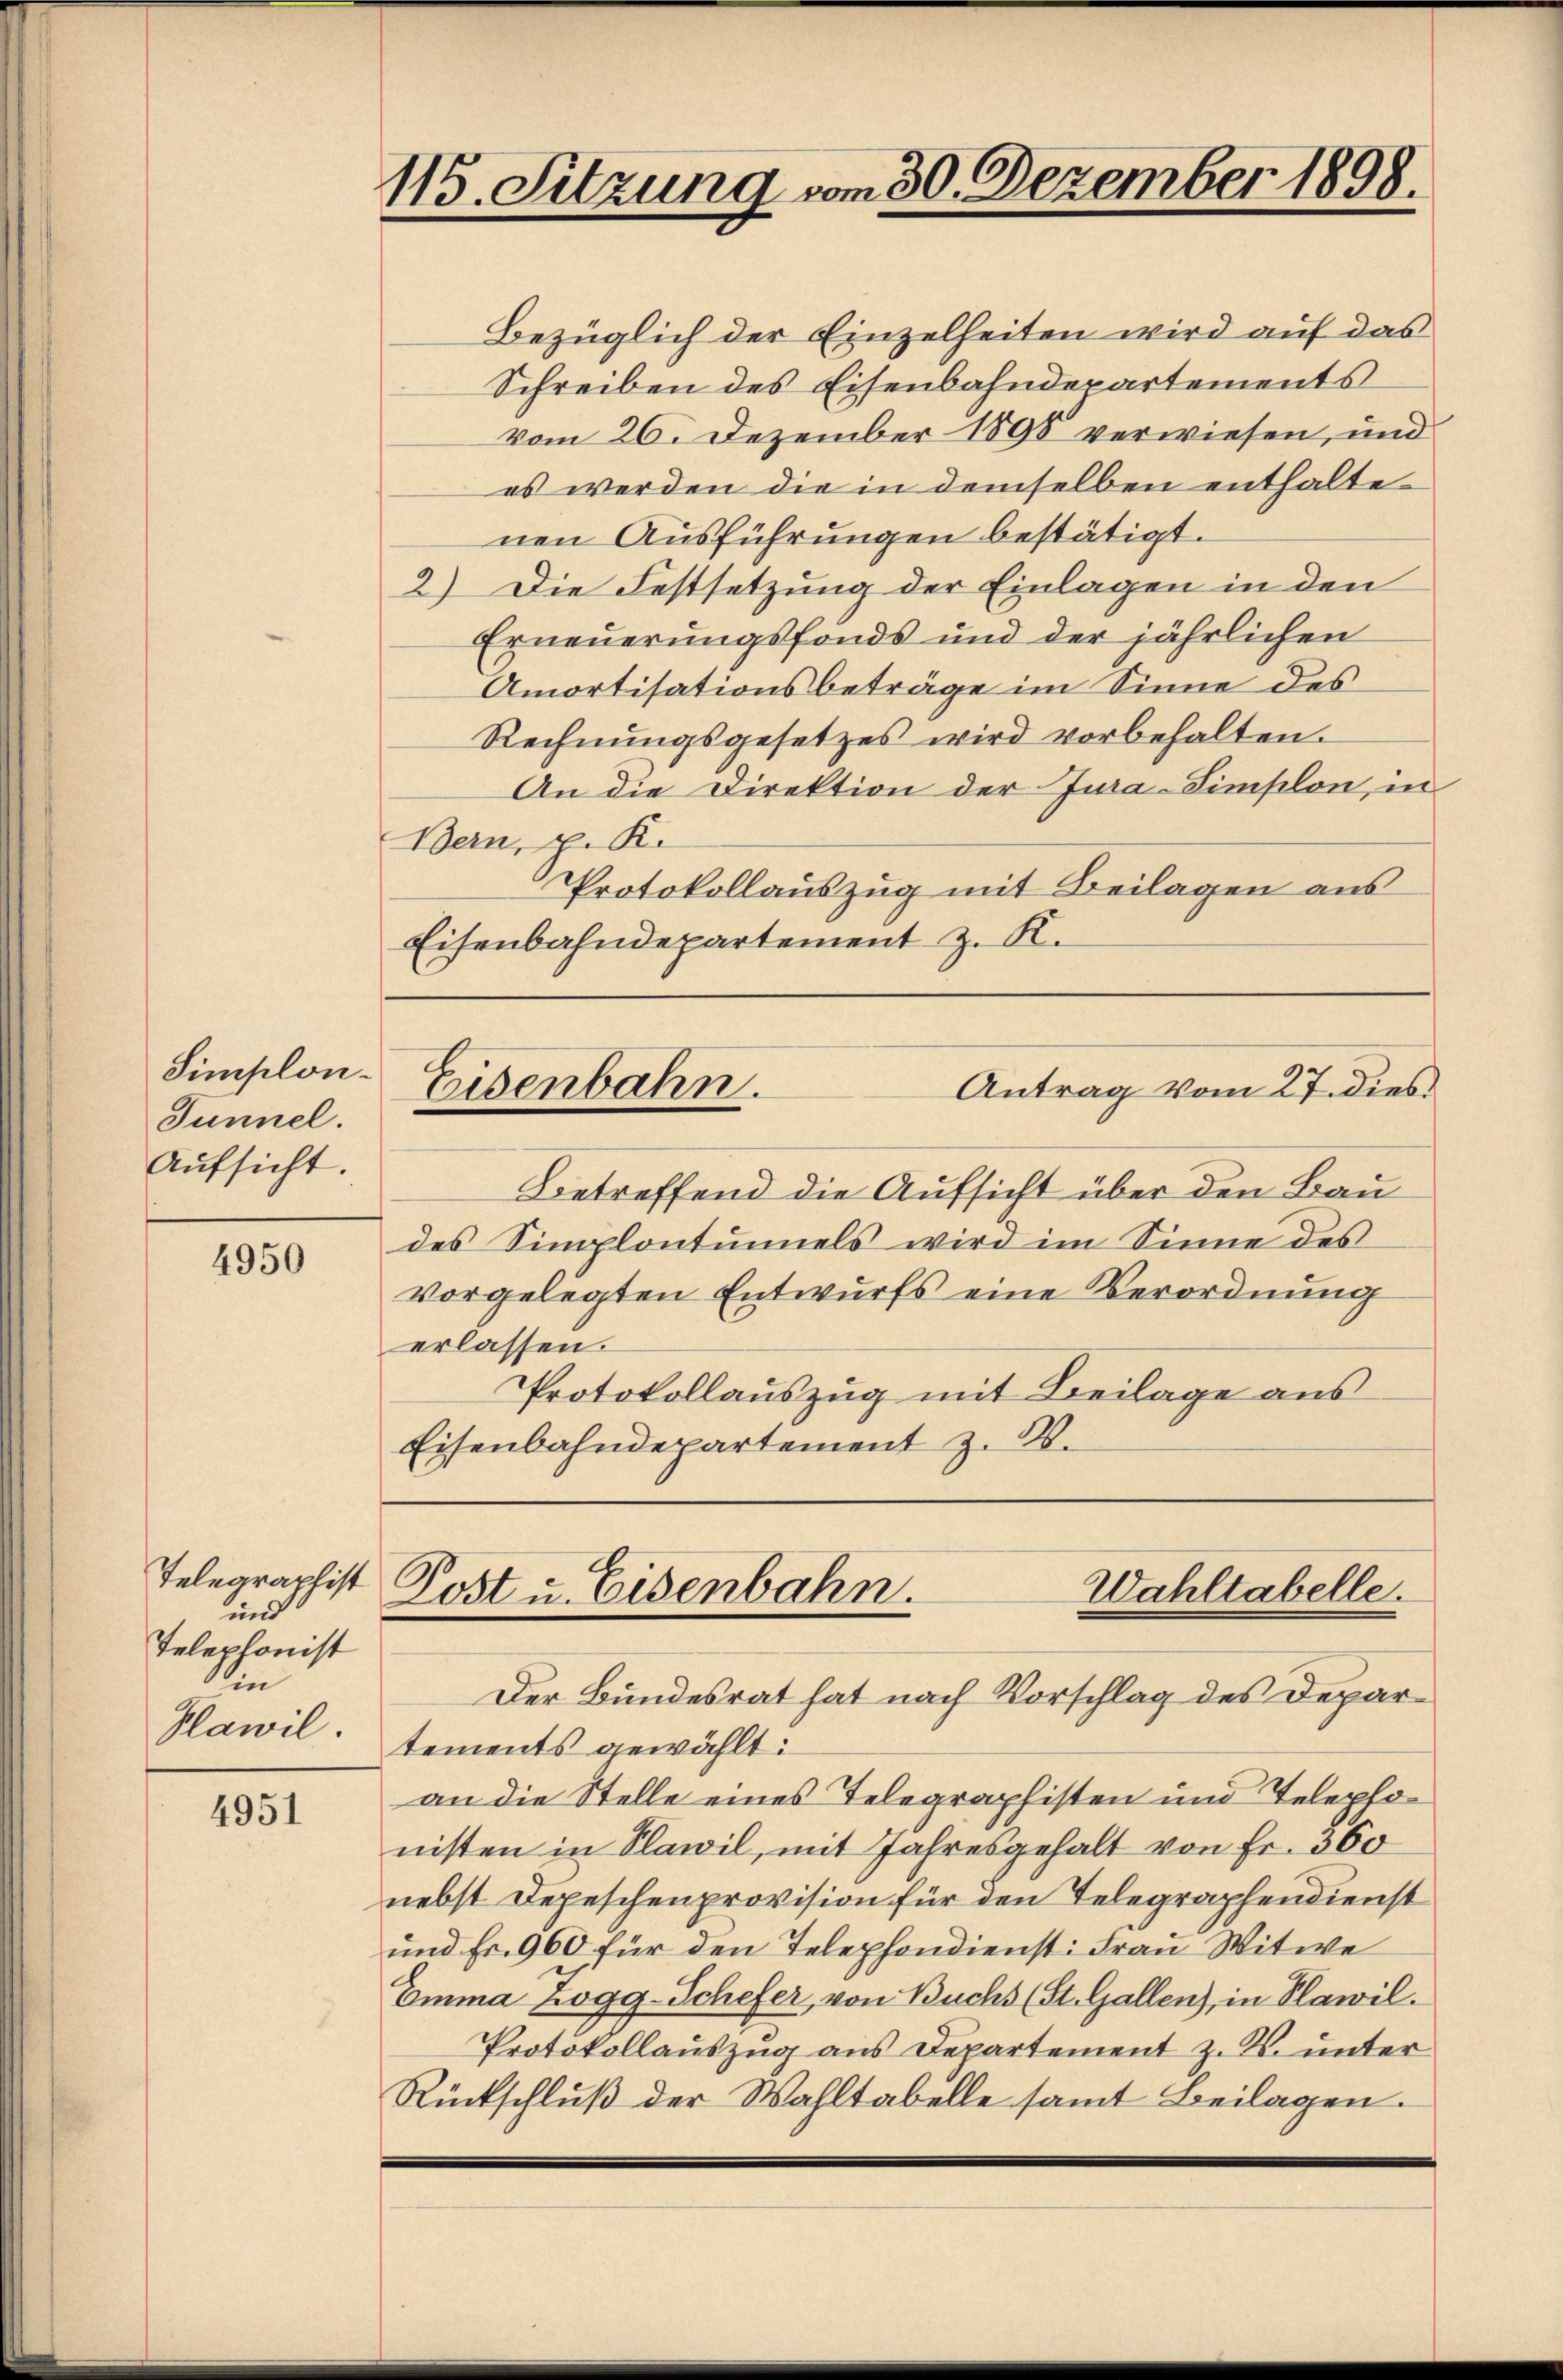
Simplon.
Tunnel.
Aŭfsicht.

4950

Telegraphist
und
Telephonist
in
Plawil

4951

115. Sitzung vom 30. Dezember 1898.

Bezüglich der Einzelheiten wird auf das
Schreiben des Eisenbahndepartements
vom 26. Dezember 1898 verwiesen, und
es werden die in demselben enthaltenen Ausführungen bestätigt.
2) Die Festsetzung der Einlagen in den
Erneuerungsfonds und der jährlichen
Amortisationsbeträge im Sinne des
Rechnŭngsgesetzes wird vorbehalten.
An die Direktion der Jura-Limplon, in
Bern, p. K.
Protokollauszug mit Beilagen aus
Eisenbahndepartement z. R.

Betreffend die Aufsicht über den Bau
des Simplontuniels wird im Sinne des
vorgelegten Entwurfs eine Verordnung
erlassen.
Protokollauszug mit Beilage aus
Eisenbahndepartement z. B.

Eisenbahn.

Antrag vom 27. dies

Wahltabelle.
Kost u. Eisenbahn.
Der Bundesrat hat nach Vorschlag des Depar¬

tements gewählt:
an die Stelle eines Telegraphisten und Telephonisten in Plawil, mit Jahresgehalt von Fr. 360
nebst Depeschenprovision für den Telegraphendienst
und Fr. 960 für den Telephondienst: Frau Witwe
Emma Zogg-Schefer, von Buchs (St. Gallen), in Plawil.
Protokollauszug aus Departement z. K. unter
Rückschluß der Wahltabelle samt Beilagen.